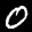
Label: 0